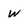
Character: W